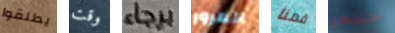
يطلقوا وقت برجاء المرور قمنا جينجر